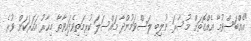
"އެއްބަސްވުމާ އެއްގޮތަށް މުސާރަ ނުލިބި ލަސްވަމުންދާ މައްސަލަ ކުރިމަތިވެފައިވާތާ މިހާރު އަހަރަކަށް ވުރެ